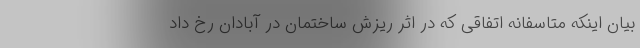
بیان اینکه متاسفانه اتفاقی که در اثر ریزش ساختمان در آبادان رخ داد